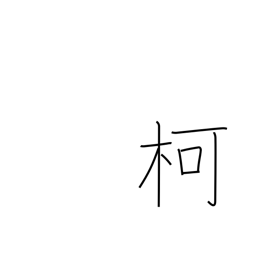
Meaning: handle